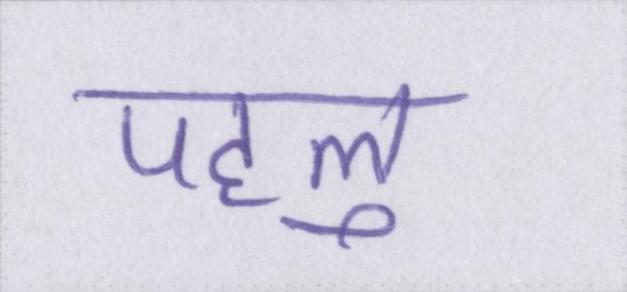
पहलु